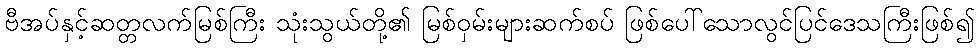
ဗီအပ်နှင့်ဆတ္တလက်မြစ်ကြီး သုံးသွယ်တို့၏ မြစ်ဝှမ်းများဆက်စပ် ဖြစ်ပေါ်သောလွင်ပြင်ဒေသကြီးဖြစ်၍